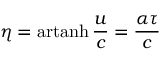
\eta = \operatorname { a r t a n h } { \frac { u } { c } } = { \frac { \alpha \tau } { c } }